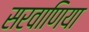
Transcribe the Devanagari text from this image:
सरवाणिया